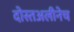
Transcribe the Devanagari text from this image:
दोस्तअलीनेच